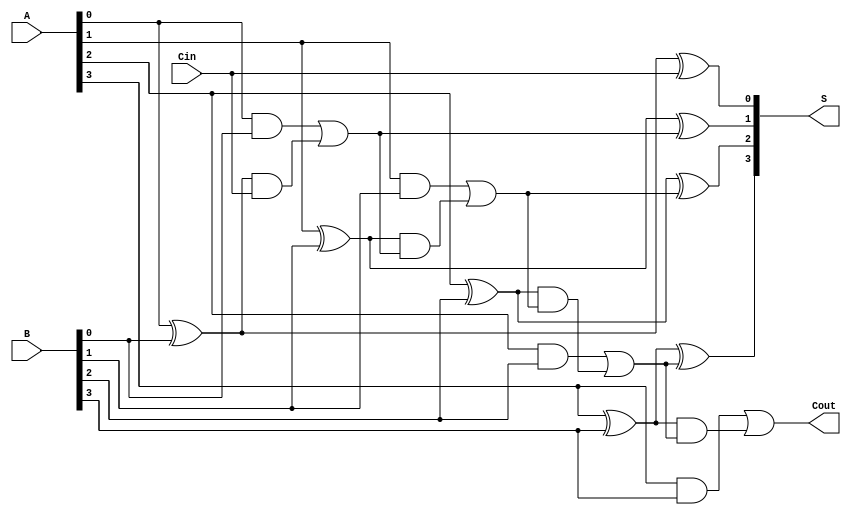
module han_carlson_adder #(parameter n = 4) (
    input  [n-1:0] A,      // n-bit input A
    input  [n-1:0] B,      // n-bit input B
    input         Cin,      // Carry-in
    output [n-1:0] S,      // n-bit sum output
    output        Cout      // Carry-out
);

    // Generate and Propagate signals
    wire [n-1:0] G; // Generate
    wire [n-1:0] P; // Propagate
    wire [n:0] C;   // Carry signals

    // Generate and Propagate Logic
    genvar i;
    generate
        for (i = 0; i < n; i = i + 1) begin: gp_logic
            assign G[i] = A[i] & B[i];   // Generate
            assign P[i] = A[i] ^ B[i];   // Propagate
        end
    endgenerate

    // Carry Generation Logic
    assign C[0] = Cin; // Initial carry-in
    generate
        for (i = 1; i <= n-1; i = i + 1) begin: carry_logic
            assign C[i] = G[i-1] | (P[i-1] & C[i-1]); // Carry generation
        end
    endgenerate

    // Sum Generation Logic
    generate
        for (i = 0; i < n; i = i + 1) begin: sum_logic
            assign S[i] = P[i] ^ C[i]; // Sum calculation
        end
    endgenerate

    // Final Carry-Out
    assign Cout = G[n-1] | (P[n-1] & C[n-1]);

endmodule